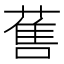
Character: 𱾖